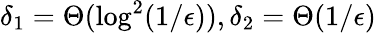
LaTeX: \delta_{1}=\Theta(\log^{2}(1/\epsilon)),\delta_{2}=\Theta(1/\epsilon)